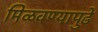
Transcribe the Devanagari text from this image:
मिळवण्यापुढे